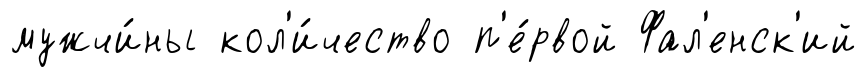
мужчи́ны кол'и́чество п'е́рвой Фал'енск'ий